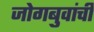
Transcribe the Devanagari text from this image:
जोगबुवांची